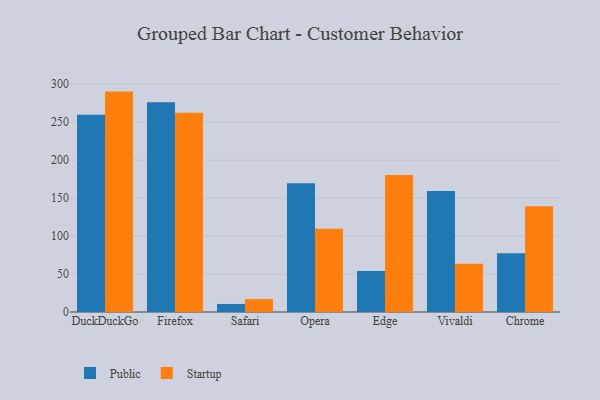
{"axis": {"x": "Browser", "y": "Budget (USD K)"}, "legend": ["Public", "Startup"], "data": [{"x": "DuckDuckGo", "y": 259.6, "type": "Public"}, {"x": "DuckDuckGo", "y": 290.2, "type": "Startup"}, {"x": "Firefox", "y": 276.3, "type": "Public"}, {"x": "Firefox", "y": 262.3, "type": "Startup"}, {"x": "Safari", "y": 10.6, "type": "Public"}, {"x": "Safari", "y": 16.9, "type": "Startup"}, {"x": "Opera", "y": 169.4, "type": "Public"}, {"x": "Opera", "y": 109.7, "type": "Startup"}, {"x": "Edge", "y": 54.0, "type": "Public"}, {"x": "Edge", "y": 180.4, "type": "Startup"}, {"x": "Vivaldi", "y": 159.4, "type": "Public"}, {"x": "Vivaldi", "y": 63.6, "type": "Startup"}, {"x": "Chrome", "y": 77.4, "type": "Public"}, {"x": "Chrome", "y": 139.3, "type": "Startup"}]}